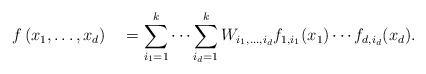
LaTeX: \begin{align*} f\left(x_1,\ldots,x_d\right) \quad= \sum_{i_1 =1}^k \cdots \sum_{i_d =1}^k W_{i_1,\ldots,i_d}f_{1,i_1}(x_1)\cdots f_{d,i_d}(x_d).\end{align*}